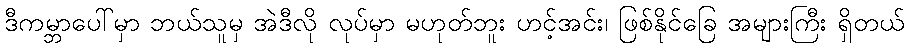
ဒီကမ္ဘာပေါ်မှာ ဘယ်သူမှ အဲဒီလို လုပ်မှာ မဟုတ်ဘူး ဟင့်အင်း၊ ဖြစ်နိုင်ခြေ အများကြီး ရှိတယ်